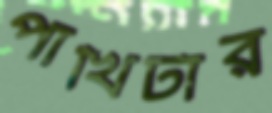
পাখিটার